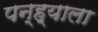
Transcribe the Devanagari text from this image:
पन्ह्याला